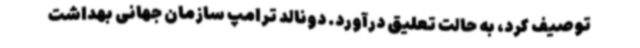
توصیف کرد، به حالت تعلیق درآورد. دونالد ترامپ سازمان جهانی بهداشت